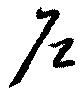
戸